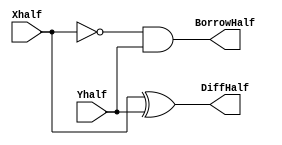
`timescale 1ns / 1ps
//////////////////////////////////////////////////////////////////////////////////
// Company: 
// Engineer: 
// 
// Design Name: 
// Module Name: HalfSubtractor
// Project Name: 
// Target Devices: 
// Tool Versions: 
// Description: 
// 
// Dependencies: 
// 
// Revision:
// Revision 0.01 - File Created
// Additional Comments:
// 
//////////////////////////////////////////////////////////////////////////////////


module HalfSubtractor(DiffHalf, BorrowHalf, Xhalf, Yhalf);
    output DiffHalf;
    output BorrowHalf;
    input Xhalf;
    input Yhalf;
    
    xor (DiffHalf, Xhalf, Yhalf);
    and (BorrowHalf, ~Xhalf, Yhalf);
    
endmodule